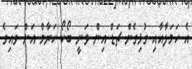
އެ ހަމަލާއާއި ގުޅިގެން ޗަޑް އިން ވަނީ ބޯކޯ ހަރާމް އަށް ވައިގެ